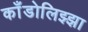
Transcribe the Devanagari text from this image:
काँडोलिझ्झा